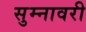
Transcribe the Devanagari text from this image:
सुम्नावरी